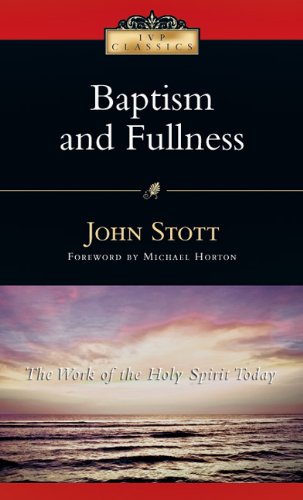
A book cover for Baptism And Fullness: The Work of the Holy Spirit Today (IVP Classics); John Stott; Christian Books & Bibles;